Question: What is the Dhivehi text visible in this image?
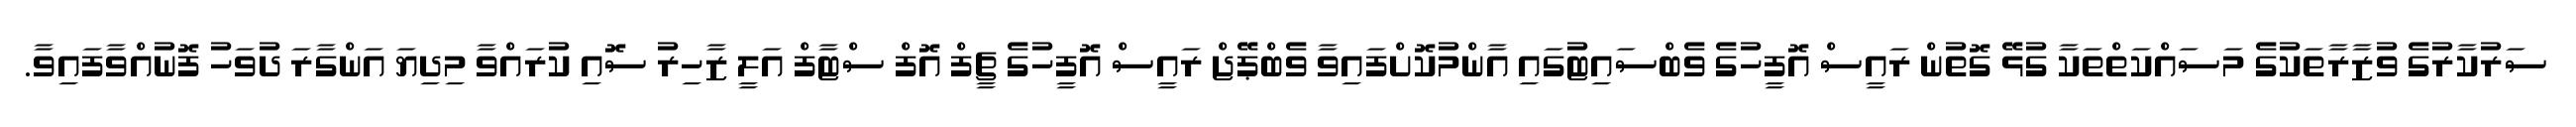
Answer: ސަރުކާރުގެ ވުޒާރާތަކުގެ މަސައްކަތްތަކާ ގުޅޭ ގޮތުން ރައީސް އޮފީހުގެ ވެބްސައިޓުގައި އާންމުކޮށްފައިވާ ވެބްޕޭޖް ރައީސް އޮފީހުގެ ޗީފް އޮފް ސްޓާފް އަލީ ޒާހިރު ސޮއި ކުރައްވާ މިދިޔަ އަންގާރަ ދުވަހު ފޮނުއްވާފައިވާ.